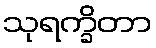
သုရက္ခိတာ